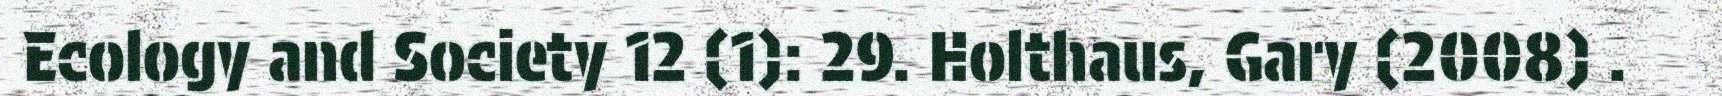
Ecology and Society 12 (1): 29. Holthaus, Gary (2008) .